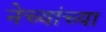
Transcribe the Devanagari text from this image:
नेच्यांच्या